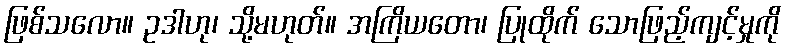
ဖြစ်သလော။ ဥဒါဟု၊ သို့မဟုတ်။ အကြိယတော၊ ပြုထိုက် သောဖြည့်ကျင့်မှုကို